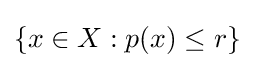
\{x\in X:p(x)\leq r\}